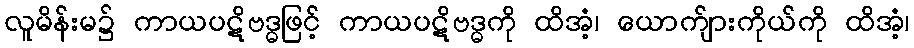
လူမိန်းမ၌ ကာယပဋိဗဒ္ဓဖြင့် ကာယပဋိဗဒ္ဓကို ထိအံ့၊ ယောက်ျားကိုယ်ကို ထိအံ့၊